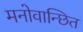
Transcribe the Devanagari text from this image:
मनोवान्छित